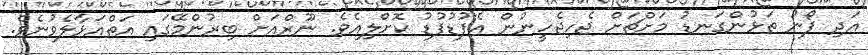
އަދި ފޯނު ތަޅުންގަނޑު މަށްޗަށް ޖެހިޖެހީނުން އެފުޑުފުޑު ކޮށްލިއެވެ. ނޫރްއަށް ބިރުންމޭގައި އަތްއަޅާލެވުނެވެ.